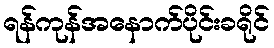
ရန်ကုန်အနောက်ပိုင်းခရိုင်